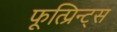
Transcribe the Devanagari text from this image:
फूत्प्रिन्ट्स